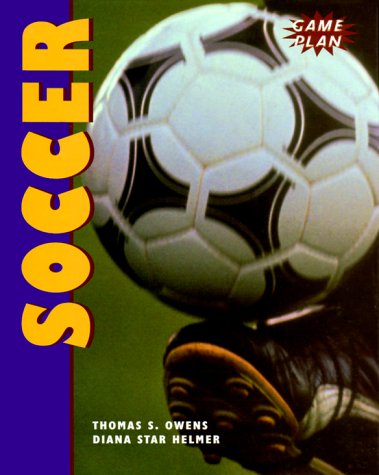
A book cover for Soccer (Game Plan); Thomas Owens; Children's Books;